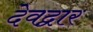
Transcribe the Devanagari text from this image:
देवद्वार